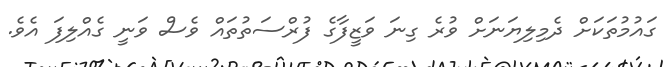
ގައުމުތަކަށް ދެމިލިޔަނަށް ވުރެ ގިނަ ވަޒީފާގެ ފުރްސަތުތައް ވެސް ވަނީ ގެއްލިފަ އެވެ.